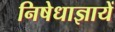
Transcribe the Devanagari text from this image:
निषेधाज्ञायें